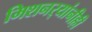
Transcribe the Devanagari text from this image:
मिशनर्‍यांनीही